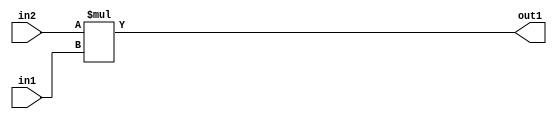
`timescale 1ps / 1ps
/*****************************************************************************
    Verilog RTL Description
    
    
    Created by: Stratus DpOpt 2019.1.01 
*******************************************************************************/

module DC_Filter_Mul_9Ux4U_12U_4 (
	in2,
	in1,
	out1
	); /* architecture "behavioural" */ 
input [8:0] in2;
input [3:0] in1;
output [11:0] out1;
wire [11:0] asc001;

assign asc001 = 
	+(in2 * in1);

assign out1 = asc001;
endmodule

/* CADENCE  ubD3SAE= : u9/ySgnWtBlWxVPRXgAZ4Og= ** DO NOT EDIT THIS LINE ******/